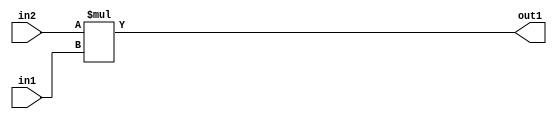
`timescale 1ps / 1ps
/*****************************************************************************
    Verilog RTL Description
    
    
    Created by: Stratus DpOpt 2019.1.01 
*******************************************************************************/

module DC_Filter_Mul_9Ux4U_12U_4 (
	in2,
	in1,
	out1
	); /* architecture "behavioural" */ 
input [8:0] in2;
input [3:0] in1;
output [11:0] out1;
wire [11:0] asc001;

assign asc001 = 
	+(in2 * in1);

assign out1 = asc001;
endmodule

/* CADENCE  ubD3SAE= : u9/ySgnWtBlWxVPRXgAZ4Og= ** DO NOT EDIT THIS LINE ******/